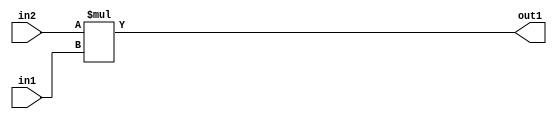
`timescale 1ps / 1ps
/*****************************************************************************
    Verilog RTL Description
    
    
    Created by: Stratus DpOpt 2019.1.01 
*******************************************************************************/

module DC_Filter_Mul_9Ux4U_12U_4 (
	in2,
	in1,
	out1
	); /* architecture "behavioural" */ 
input [8:0] in2;
input [3:0] in1;
output [11:0] out1;
wire [11:0] asc001;

assign asc001 = 
	+(in2 * in1);

assign out1 = asc001;
endmodule

/* CADENCE  ubD3SAE= : u9/ySgnWtBlWxVPRXgAZ4Og= ** DO NOT EDIT THIS LINE ******/